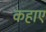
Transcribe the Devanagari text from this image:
कहाए